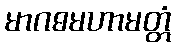
မာဂဓမဟာမတ္တံ